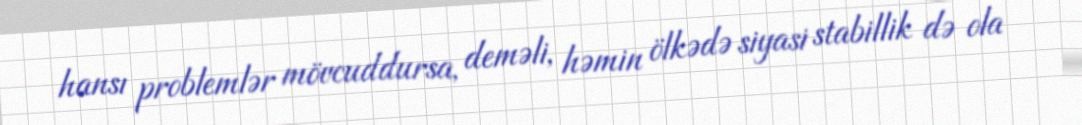
hansı problemlər mövcuddursa, deməli, həmin ölkədə siyasi stabillik də ola